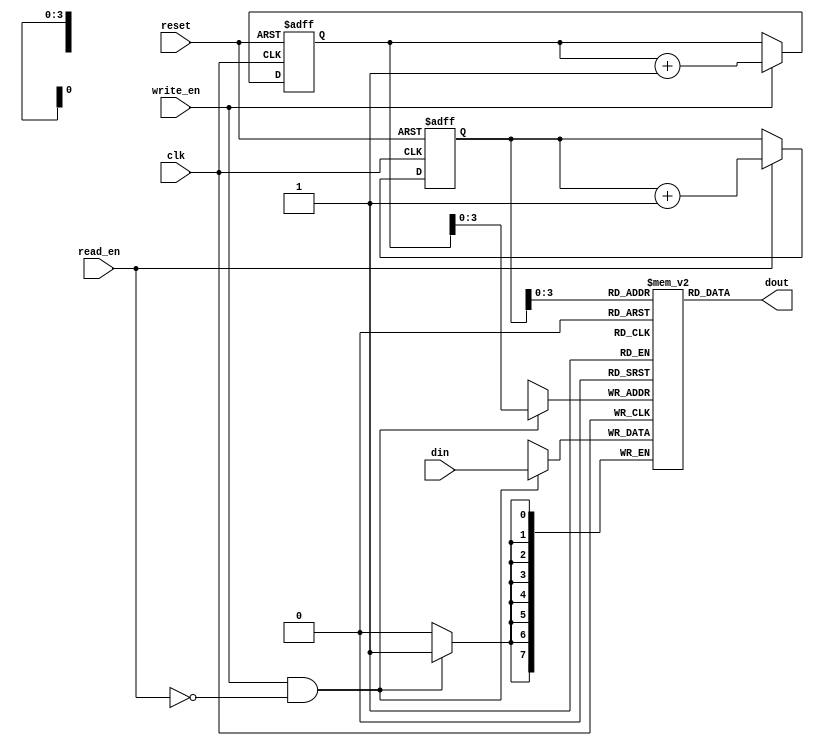
module LastWordFallThroughFIFO (
    input wire clk,         // Clock input
    input wire reset,       // Reset signal
    input wire [DATA_WIDTH-1:0] din,   // Input data
    input wire write_en,    // Write enable signal
    output wire [DATA_WIDTH-1:0] dout, // Output data
    input wire read_en       // Read enable signal
);

parameter DEPTH = 16;     // Depth of FIFO buffer
parameter DATA_WIDTH = 8; // Width of data bus

reg [DATA_WIDTH-1:0] mem [DEPTH-1:0]; // Memory array for FIFO buffer
reg [DEPTH-1:0] write_ptr;             // Write pointer
reg [DEPTH-1:0] read_ptr;              // Read pointer

// Write operation
always @(posedge clk or posedge reset)
begin
    if (reset)
        write_ptr <= 0;
    else if (write_en)
        write_ptr <= write_ptr + 1;
end

// Read operation
always @(posedge clk or posedge reset)
begin
    if (reset)
        read_ptr <= 0;
    else if (read_en)
        read_ptr <= read_ptr + 1;
end

// Data storage
always @(posedge clk)
begin
    if (write_en && ~read_en)
        mem[write_ptr] <= din;
end

// Data retrieval
assign dout = mem[read_ptr];

endmodule